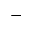
^ -